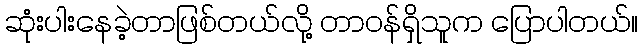
ဆုံးပါးနေခဲ့တာဖြစ်တယ်လို့ တာဝန်ရှိသူက ပြောပါတယ်။